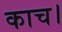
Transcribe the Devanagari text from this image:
काच।